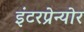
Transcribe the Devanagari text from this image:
इंटरप्रेन्योर